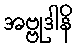
အဗ္ဗုဒါနိ